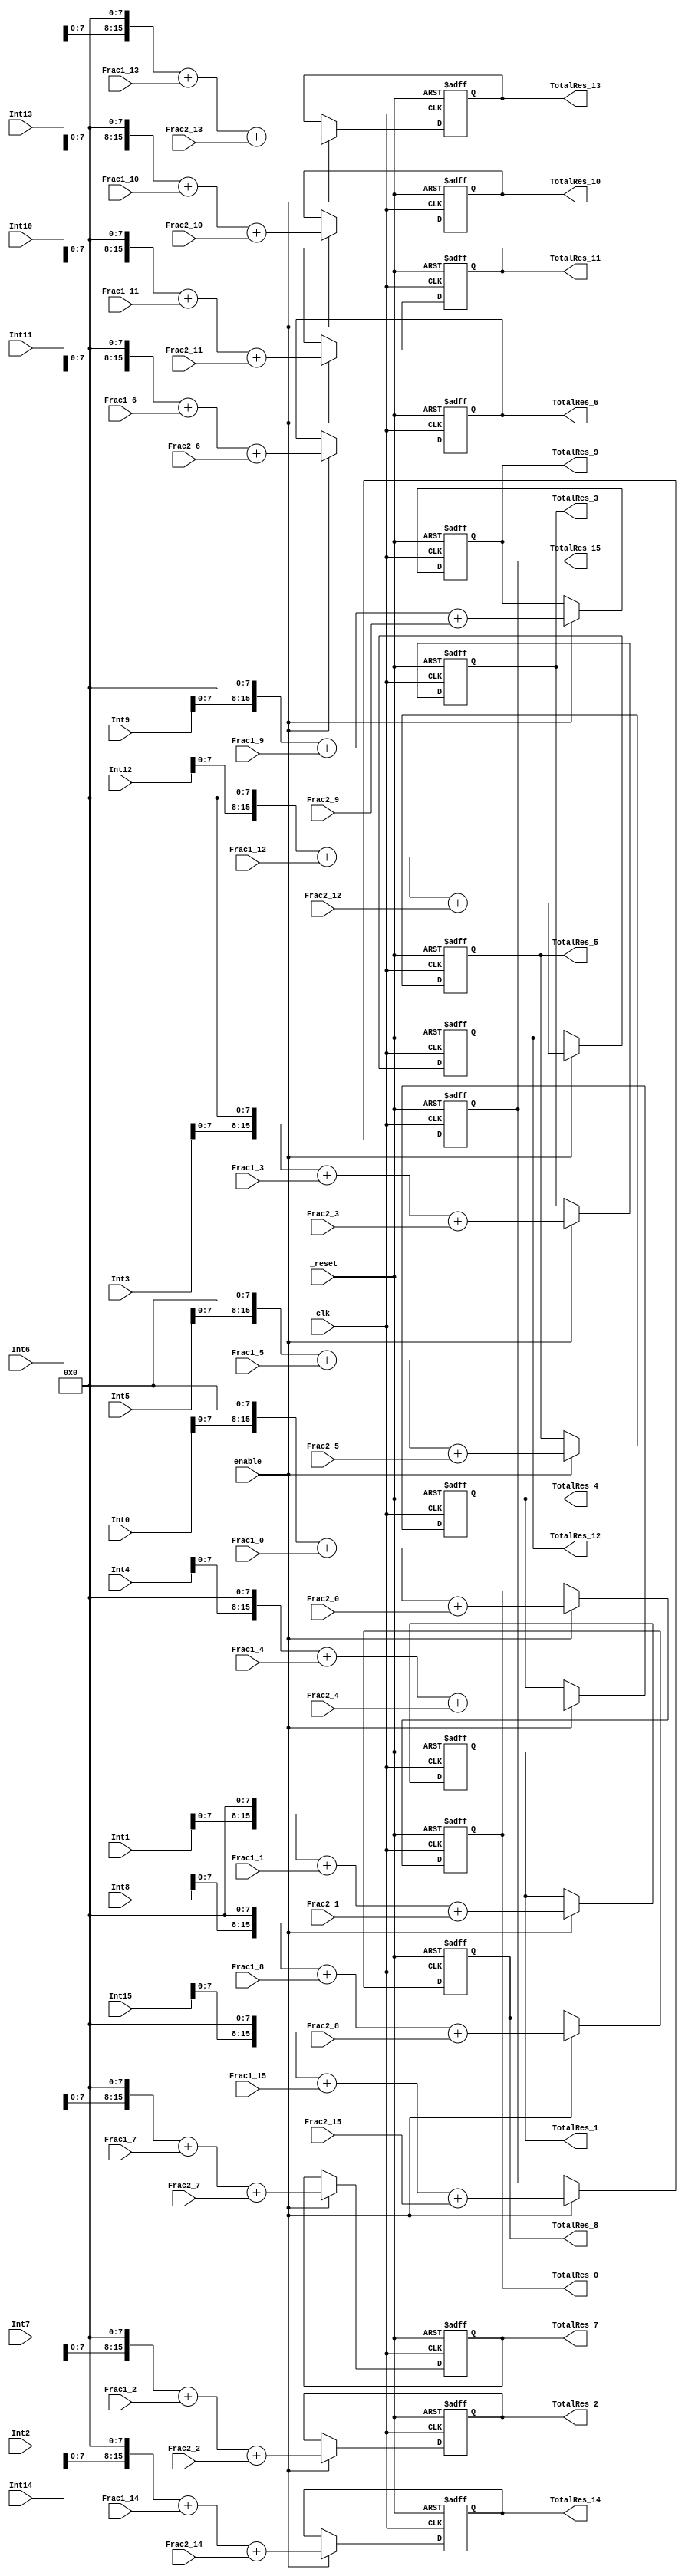
/*
This function to add the multiplication results of the Q*k arrays,
it takes as an inpput the following 
1- INT result(Q_INT*K_int)
2- Frac1 result (Q_int*K_Frac)
3- Frac2 result (Q_Frac*K_INt)
clk,_rest
enable to eneable the addition or not
 

*/
module Adder #(parameter width=8)(
	
	input clk,_reset,
	input enable,
	
	input signed [2*width-1:0] Int0,Int1 ,Int2 ,Int3,
	input signed [2*width-1:0] Int4,Int5 ,Int6 ,Int7,
	input signed [2*width-1:0] Int8,Int9 ,Int10 ,Int11,
	input signed [2*width-1:0] Int12,Int13 ,Int14 ,Int15,
	
	
	
	input signed [2*width-1:0] Frac1_0,Frac1_1 ,Frac1_2 ,Frac1_3,
	input signed [2*width-1:0] Frac1_4,Frac1_5 ,Frac1_6 ,Frac1_7 ,
	input signed [2*width-1:0] Frac1_8,Frac1_9 ,Frac1_10 ,Frac1_11,
	input signed [2*width-1:0] Frac1_12,Frac1_13 ,Frac1_14 ,Frac1_15 ,
	
	input signed [2*width-1:0] Frac2_0,Frac2_1 ,Frac2_2 ,Frac2_3,
	input signed [2*width-1:0] Frac2_4,Frac2_5 ,Frac2_6 ,Frac2_7 ,
	input signed [2*width-1:0] Frac2_8,Frac2_9 ,Frac2_10 ,Frac2_11,
	input signed [2*width-1:0] Frac2_12,Frac2_13 ,Frac2_14 ,Frac2_15 ,
	
	output reg signed [2*width-1:0] TotalRes_0, TotalRes_1 , TotalRes_2 ,TotalRes_3 ,
	output reg signed [2*width-1:0] TotalRes_4, TotalRes_5 , TotalRes_6 ,TotalRes_7 ,
	output reg signed [2*width-1:0] TotalRes_8, TotalRes_9 , TotalRes_10 ,TotalRes_11 ,
	output reg signed [2*width-1:0] TotalRes_12, TotalRes_13 , TotalRes_14 ,TotalRes_15	

	
	);
always@(posedge clk or negedge _reset)
	
begin
	if(!_reset) 
	begin
		
			TotalRes_0 <=0 ;
			TotalRes_1 <=0 ;
			TotalRes_2 <=0 ;
			TotalRes_3 <=0;
			TotalRes_4 <=0 ;
			TotalRes_5 <=0 ;
			TotalRes_6 <=0 ;
			TotalRes_7 <=0 ;
			TotalRes_8 <=0 ;
			TotalRes_9 <=0 ;
			TotalRes_10 <=0 ;
			TotalRes_11 <=0;
			TotalRes_12 <=0 ;
			TotalRes_13 <=0 ;
			TotalRes_14 <=0 ;
			TotalRes_15 <=0 ;
				
	end
	else
	begin
		if(enable)
		begin
	
			
					TotalRes_0<=(Int0<<<8) + Frac1_0 + Frac2_0;
					TotalRes_1<=(Int1<<<8) + Frac1_1 + Frac2_1;
					TotalRes_2<=(Int2<<<8) + Frac1_2 + Frac2_2;
					TotalRes_3<=(Int3<<<8) + Frac1_3 + Frac2_3;
					TotalRes_4<=(Int4<<<8) + Frac1_4 + Frac2_4;
					TotalRes_5<=(Int5<<<8) + Frac1_5 + Frac2_5;
					TotalRes_6<=(Int6<<<8) + Frac1_6 + Frac2_6;
					TotalRes_7<=(Int7<<<8) + Frac1_7 + Frac2_7;
					TotalRes_8<=(Int8<<<8) + Frac1_8 + Frac2_8;
					TotalRes_9<=(Int9<<<8) + Frac1_9 + Frac2_9;
					TotalRes_10<=(Int10<<<8) + Frac1_10 + Frac2_10;
					TotalRes_11<=(Int11<<<8) + Frac1_11 + Frac2_11;
					TotalRes_12<=(Int12<<<8) + Frac1_12 + Frac2_12;
					TotalRes_13<=(Int13<<<8) + Frac1_13 + Frac2_13;
					TotalRes_14<=(Int14<<<8) + Frac1_14 + Frac2_14;
					TotalRes_15<=(Int15<<<8) + Frac1_15 + Frac2_15;
				
					
		
		end

	end

end
	
endmodule